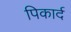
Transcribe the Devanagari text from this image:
पिकार्द